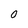
Character: 0